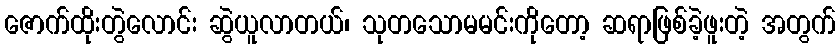
ဇောက်ထိုးတွဲလောင်း ဆွဲယူလာတယ်၊ သုတသောမမင်းကိုတော့ ဆရာဖြစ်ခဲ့ဖူးတဲ့ အတွက်